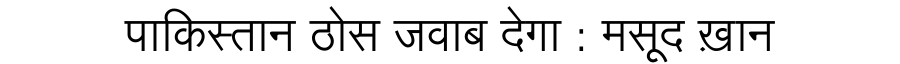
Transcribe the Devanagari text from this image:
पाकिस्तान ठोस जवाब देगा : मसूद ख़ान